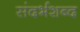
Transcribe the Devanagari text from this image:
संदर्भशब्द